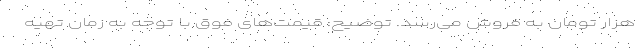
هزار تومان به فروش می‌رسد. توضیح:‌ قیمت‌های فوق با توجه به زمان تهیه